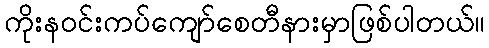
ကိုးန၀င်းကပ်ကျော်စေတီနားမှာဖြစ်ပါတယ်။